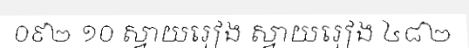
០៩២ ១០ ស្វាយរៀង ស្វាយរៀង ៤៨២